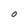
Character: O